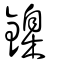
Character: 鎳